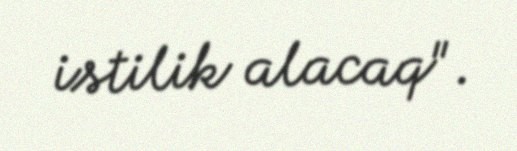
istilik alacaq".